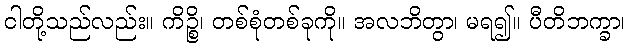
ငါတို့သည်လည်း။ ကိဉ္စိ၊ တစ်စုံတစ်ခုကို။ အလဘိတွာ၊ မရ၍။ ပီတိဘက္ခာ၊